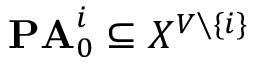
\mathbf { P A } _ { 0 } ^ { i } \subseteq X ^ { V \setminus \{ i \} }